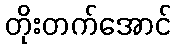
တိုးတက်အောင်